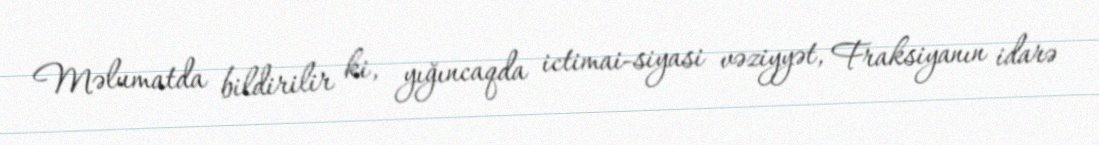
Məlumatda bildirilir ki, yığıncaqda ictimai-siyasi vəziyyət, Fraksiyanın idarə